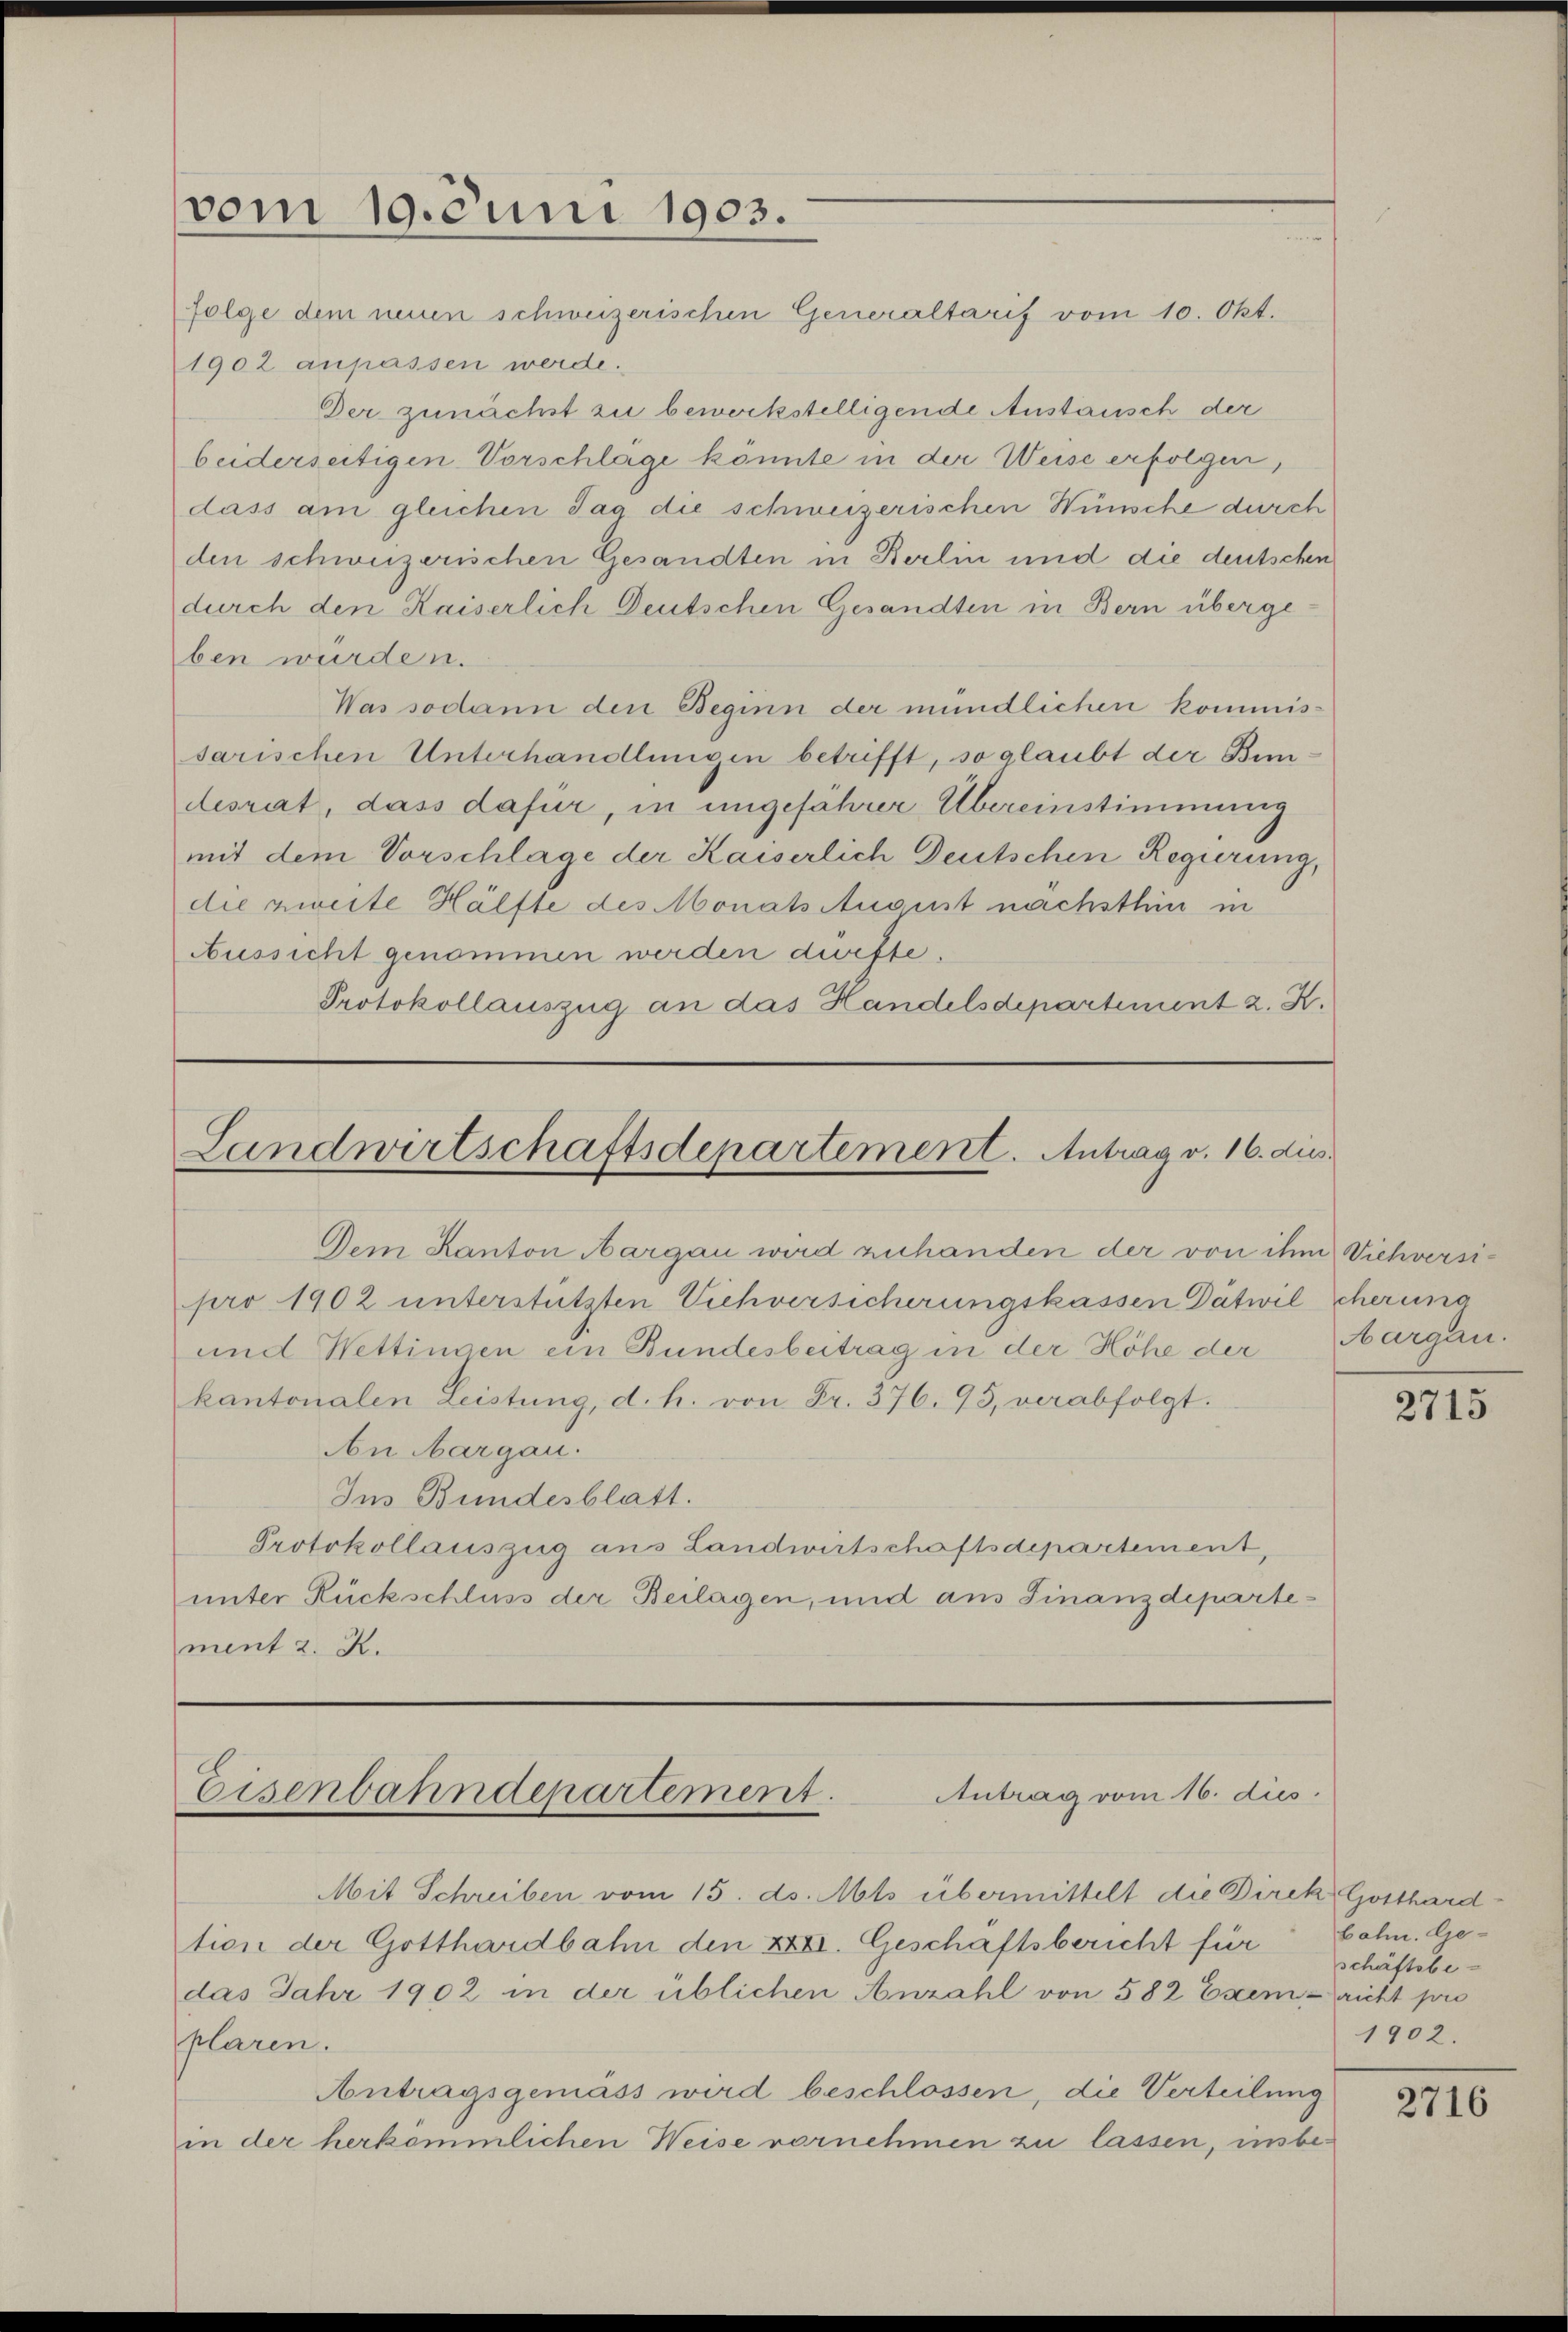
vom 19. Juni 1903.

folge dem neuen schweizerischen Generaltarif vom 10. Okt.
1902 anpassen werde.
Der zunächst zu bewerkstelligende Anstausch der
beiderseitigen Vorschlage könnte in der Weise erfolgen,
dass am gleichen Tag die schweizerischen Wünsche durch
den schweizerischen Gesandten in Berlin und die deutschen
durch den Kaiserlich Deutschen Gesandten in Bern übergeben wurden.
Was sodann den Beginn der mündlichen kommissarischen Unterhandlungen betrifft, so glaubt der Bindesrat, dass dafür, in ungefährer Übereinstimmung
mit dem Vorschlage der Kaiserlich Deutschen Regierung,
die zweite Hälfte des Monats August nachsthin in
Aussicht genommen werden dürfte.
Protokollauszug an das Handelsdepartement z. Z.

Landwirtschaftsdepartement. Antrag v. 16. dies

Dem Kanton Aargau wird zuhanden der von ihm Viehversipro 1902 unterstützten Viehversicherungskassen Dätwil Scherung
und Wettingen ein Bundesbeitrag in der Höhe der Margau.
kantonalen Leistung, d. h. von Fr. 376. 95, verabfolgt.
An Aargau.
Ins Bundesblatt.
Protokollauszug aus Landwirtschaftsdepartement,
unter Rückschluss der Beilagen, und aus Finanzdepartement 2. K.

Antrag vom 16. dies
Eisenbahndepartement.

Mit Schreiben vom 15. ds. Mts übermittelt die Direk Gotthard-
tion der Gotthardbahn den XXII. Geschäftsbericht für
das Jahr 1902 in der üblichen Anzahl von 582 Exem- richt pro
plaren.
Antragsgemäss wird beschlossen, die Verteilung
in der herkömmlichen Weise vornehmen zu lassen, um be¬

2715

bahn. Ge-
schäftsbe¬
1902.

2716